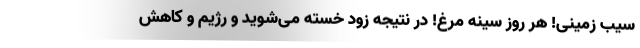
سیب زمینی! هر روز سینه مرغ! در نتیجه زود خسته می‌شوید و رژیم و کاهش